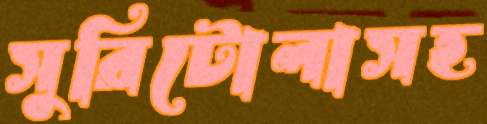
সুরিটোলাসহ